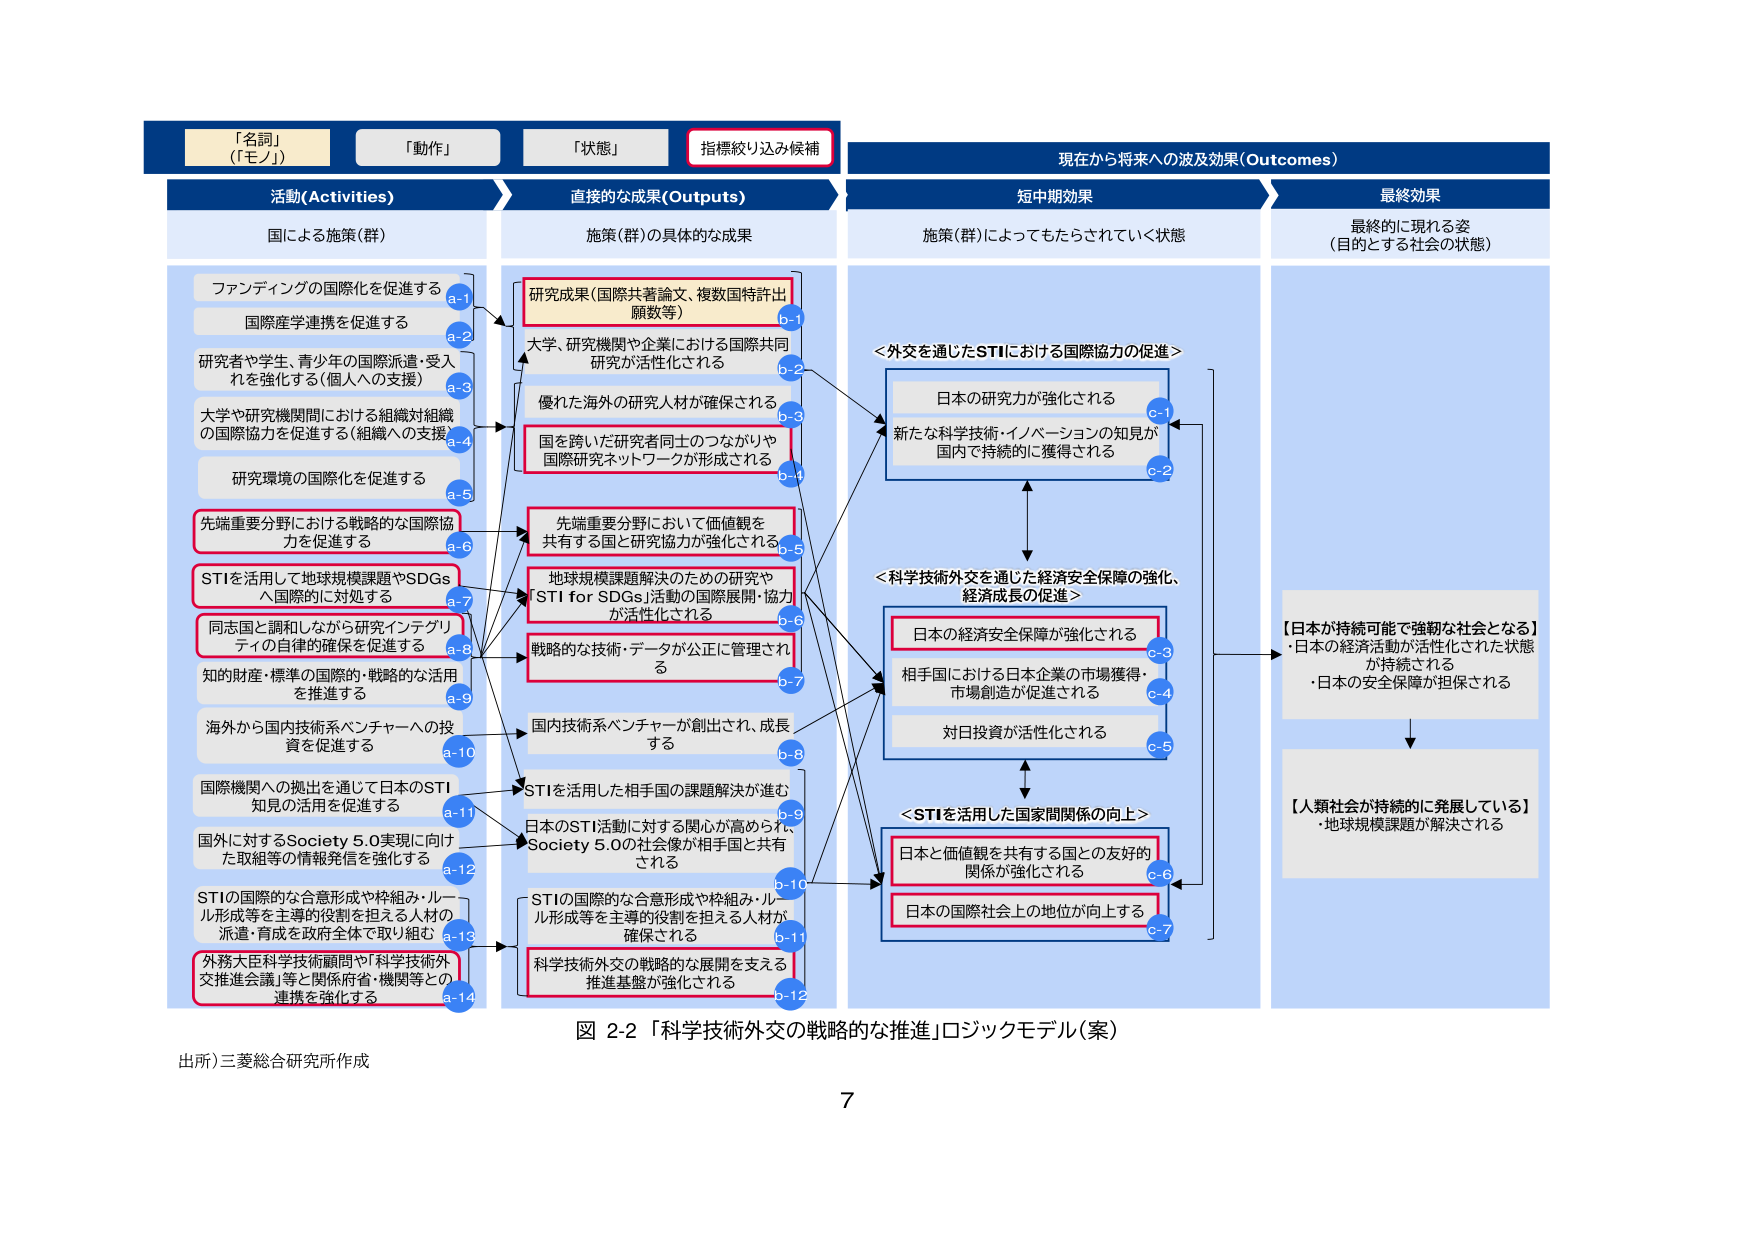
「名詞」
（「モノ」）

「動作」

「状態」

指標絞り込み候補

活動（Activities）
国による施策（群）

ファンディングの国際化を促進する
a-1

国際産学連携を促進する
a-2

研究者や学生、青少年の国際派遣・受入れを強化する（個人への支援）
a-3

大学や研究機関間における組織対組織の国際協力を促進する（組織への支援）
a-4

研究環境の国際化を促進する
a-5

先端重要分野における戦略的な国際協力を促進する
a-6

STIを活用して地球規模課題やSDGsへの国際的対処を促進する
a-7

同志国と調和しながら研究インテグリティの自律的確保を促進する
a-8

知的財産・標準の国際的・戦略的な活用を推進する
a-9

海外から国内技術系ベンチャーへの投資を促進する
a-10

国際機関への拠出を通じて日本のSTI知見の活用を促進する
a-11

国外に対するSociety 5.0実現に向けた取組等の情報発信を強化する
a-12

STIの国際的な合意形成や枠組み・ルール形成等を主導的役割を担える人材の派遣・育成を政府全体で取り組む
a-13

外務大臣科学技術顧問や「科学技術外交推進会議」等と関係府省・機関等との連携を強化する
a-14

直接的な成果（Outputs）
施策（群）の具体的な成果

研究成果（国際共著論文、複数国特許出願数等）
b-1

大学、研究機関や企業における国際共同研究が活性化される
b-2

優れた海外の研究人材が確保される
b-3

国を跨いだ研究者同士のつながりや国際研究ネットワークが形成される
b-4

先端重要分野において価値観を共有する国と研究協力が強化される
b-5

地球規模課題解決のための研究や「STI for SDGs」活動の国際展開・協力が活性化される
b-6

戦略的な技術・データが公正に管理される
b-7

国内技術系ベンチャーが創出され、成長する
b-8

STIを活用した相手国の課題解決が進む
b-9

日本のSTI活動に対する関心が高められ、Society 5.0の社会像が相手国と共有される
b-10

STIの国際的な合意形成や枠組み・ルール形成等を主導的役割を担える人材が確保される
b-11

科学技術外交の戦略的な展開を支える推進基盤が強化される
b-12

現在から将来への波及効果（Outcomes）
短中期効果
施策（群）によってもたらされていく状態

＜外交を通じたSTIにおける国際協力の促進＞

日本の研究力が強化される
c-1

新たな科学技術・イノベーションの知見が国内で持続的に獲得される
c-2

＜科学技術外交を通じた経済安全保障の強化、経済成長の促進＞

日本の経済安全保障が強化される
c-3

相手国における日本企業の市場獲得・市場創造が促進される
c-4

対日投資が活性化される
c-5

＜STIを活用した国家間関係の向上＞

日本と価値観を共有する国との友好的関係が強化される
c-6

日本の国際社会上の地位が向上する
c-7

最終効果
最終的に現れる姿
（目的とする社会の状態）

【日本が持続可能で強靭な社会となる】
・日本の経済活動が活性化された状態が持続される
・日本の安全保障が担保される

【人類社会が持続的に発展している】
・地球規模課題が解決される

図 2-2 「科学技術外交の戦略的な推進」ロジックモデル（案）
出所）三菱総合研究所作成
7